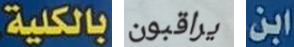
بالكلية. يراقبون ابن